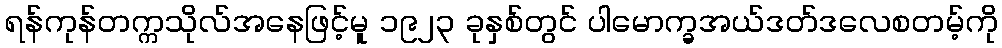
ရန်ကုန်တက္ကသိုလ်အနေဖြင့်မူ ၁၉၂၃ ခုနှစ်တွင် ပါမောက္ခအယ်ဒတ်ဒလေစတမ့်ကို